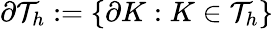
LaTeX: \partial\mathcal{T}_{h}:=\{ \partial K:K\in\mathcal{T}_{h}\}